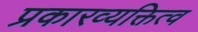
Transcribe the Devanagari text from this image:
प्रकारव्यक्तित्व